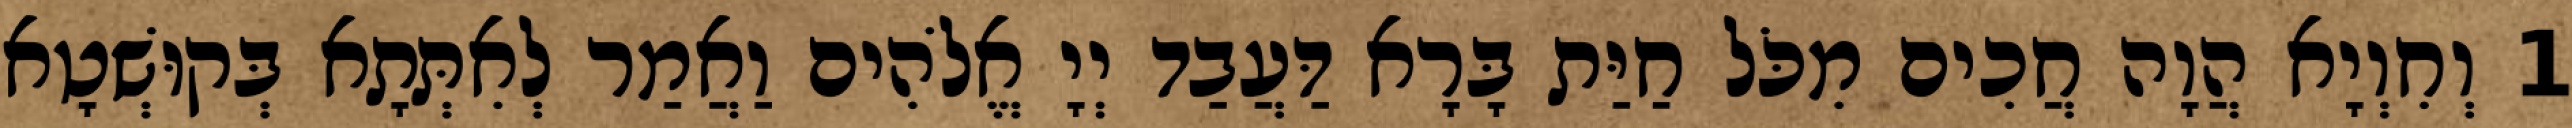
1 וְחִוְיָא הֲוָה חֲכִים מִכֹּל חַיַּת בָּרָא דַּעֲבַד יְיָ אֱלֹהִים וַאֲמַר לְאִתְּתָא בְּקוּשְׁטָא